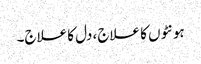
ہونٹوں کا علاج، دل کا علاج۔